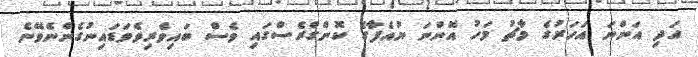
އަދި އަންނަ އަހަރުގެ މާޗު މަހު އޮންނަ ޔުއެފާގެ ކޮންގްރެސްގައި ވެސް ބައިވެރިވެވަޑައިނުގެންނެވޭނެ